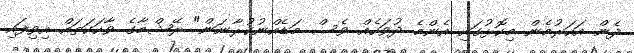
ދެން އަހަރުމެން މިކޮޅުގައި އެންމެ ދުވަހެއް ވެސް މަޑެއްނުކުރާނަން" ރޭޝްމާގެ ވާހަކަތައް އިވިފައި